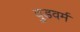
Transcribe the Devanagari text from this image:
वुडवर्म